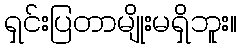
ရှင်းပြတာမျိုးမရှိဘူး။